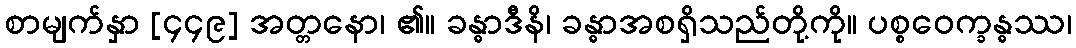
စာမျက်နှာ [၄၄၉] အတ္တနော၊ ၏။ ခန္ဓာဒီနိ၊ ခန္ဓာအစရှိသည်တို့ကို။ ပစ္စဝေက္ခန္ဓဿ၊